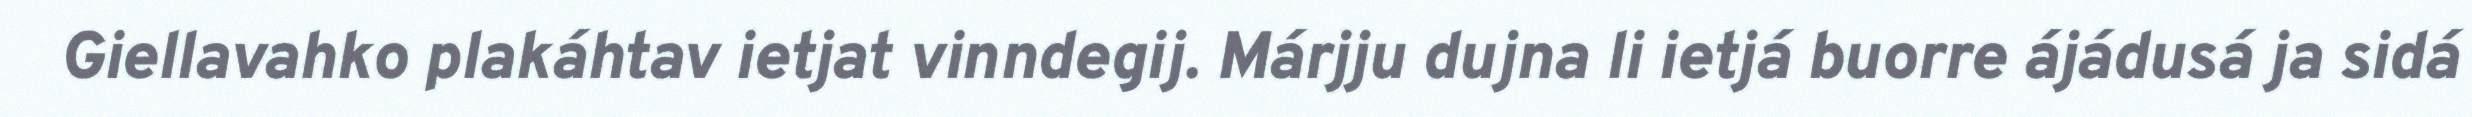
Giellavahko plakáhtav ietjat vinndegij. Márjju dujna li ietjá buorre ájádusá ja sidá